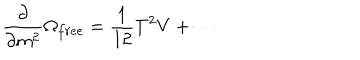
\frac { \partial } { \partial m ^ { 2 } } \Omega _ { f r e e } = \frac { 1 } { 1 2 } T ^ { 2 } V + \cdots